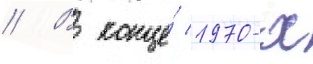
// В конце́ 1970-х